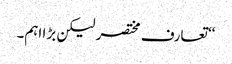
‘‘ تعارف مختصر لیکن بڑا اہم۔